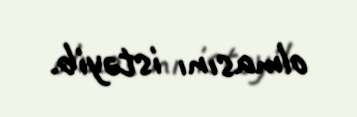
olmasını istəyib.